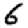
Digit: 6